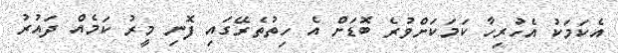
އެކަމަކު އެހުރިހާ ކަމަކަށްވުރެ ބޮޑަށް އެ ހިތުތެރޭގައި ފޮނި މީރު ކަމެއް ދައުރު